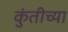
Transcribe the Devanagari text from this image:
कुंतीच्या